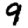
Digit: 9